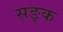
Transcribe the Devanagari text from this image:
सङ्क